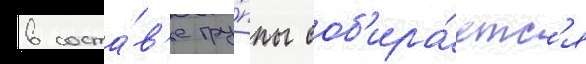
в соста́в'е гру́ппы соб'ира́етс'я